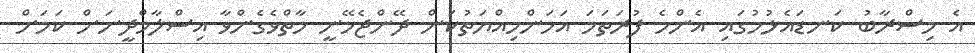
އެ މިސްރާބު ކަނޑައެޅުމުގައި އެންމެ ފުރަތަމަ އަހަންމިއްޔަތުކަން ދޭންޖެހޭނީ މާތްވެގެންވާ އިސްލާމްދީނަށް ކަމަށް